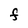
Character: F